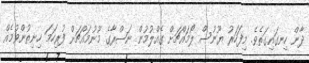
ދާން ހިނގައިގަތެވެ. މިފަހަރު ޔޫނުސް ލޯމައްޗަށް ގެއްލުމުން ނަޞްރާގެ މޫނުމައްޗަށް ފުރިހަމަ ހިނިތުންވުމެއް